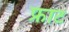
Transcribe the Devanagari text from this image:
फ्राट